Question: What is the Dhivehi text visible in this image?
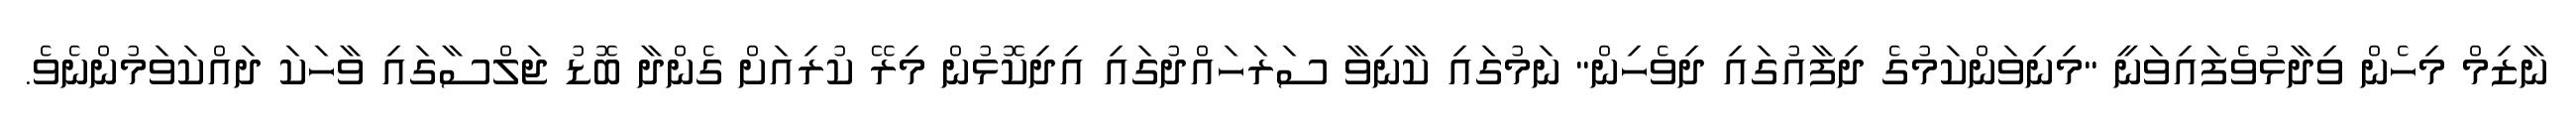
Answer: ނާޒިމް މިހެން ވިދާޅުވެފައިވަނީ "މިނިވަންކަމުގެ ދިފާއުގައި ދިވެހިން" ނަމުގައި ކާނިވާ ސަރަހައްދުގައި އިދިކޮޅުން މިރޭ ކުރިއަށް ގެންދާ ބޮޑު ޖަލްސާގައި ވާހަކަ ދައްކަވަމުންނެވެ.